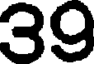
39